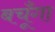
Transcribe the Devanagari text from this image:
बचूँगा